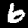
Label: 6